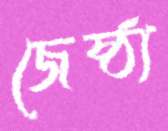
জেষ্ঠ্য